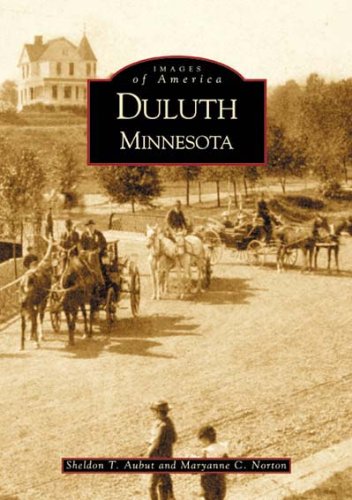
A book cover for Duluth, Minnesota (Images of America); Maryanne C. Norton; Biographies & Memoirs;